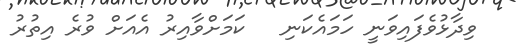
ވިދާޅުވެފައިވަނީ ހަމައެކަނި   ކަމަށްވާއިރު އެއަށް ވުރެ އިތުރު